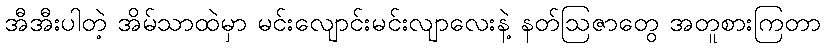
အီအီးပါတဲ့ အိမ်သာထဲမှာ မင်းလျောင်းမင်းလျာလေးနဲ့ နတ်ဩဇာတွေ အတူစားကြတာ